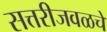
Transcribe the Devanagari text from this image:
सत्तरीजवळचे